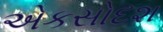
એકસોદશ